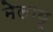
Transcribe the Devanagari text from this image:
मेलायू